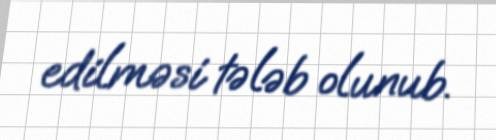
edilməsi tələb olunub.